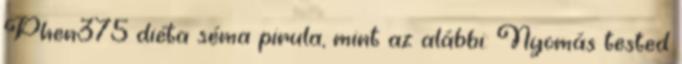
Phen375 diéta séma pirula, mint az alábbi: Nyomás tested